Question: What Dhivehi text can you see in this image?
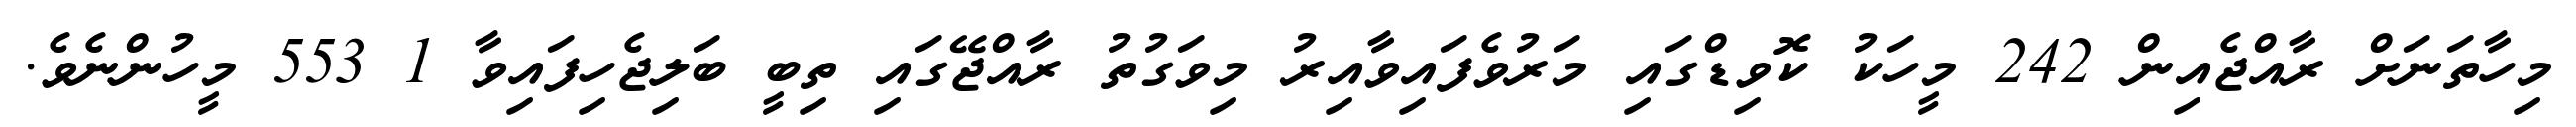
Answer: މިހާތަނަށް ރާއްޖެއިން 242 މީހަކު ކޮވިޑްގައި މަރުވެފައިވާއިރު މިވަގުތު ރާއްޖޭގައި ތިބީ ބަލިޖެހިފައިވާ 1 553 މީހުންނެވެ.